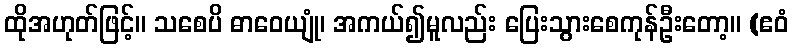
ထိုအဟုတ်ဖြင့်။ သစေပိ ဓာဝေယျုံ၊ အကယ်၍မူလည်း ပြေးသွားစေကုန်ဦးတော့။ (ဧဝံ